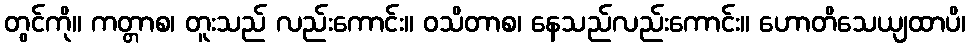
တွင်ကို။ ကတ္တာစ၊ တူးသည် လည်းကောင်း။ ဝသိတာစ၊ နေသည်လည်းကောင်း။ ဟောတိသေယျထာပိ၊